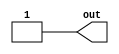
module coreir_const #(
    parameter width = 1,
    parameter value = 1
) (
    output [width-1:0] out
);
  assign out = value;
endmodule

module coreir_add #(
    parameter width = 1
) (
    input [width-1:0] in0,
    input [width-1:0] in1,
    output [width-1:0] out
);
  assign out = in0 + in1;
endmodule

module lutN #(
    parameter N = 1,
    parameter init = 1
) (
    input [N-1:0] in,
    output out
);
  assign out = init[in];
endmodule

module LUT2_2 (
    input I0,
    input I1,
    output O
);
wire coreir_lut2_inst0_out;
wire [1:0] coreir_lut2_inst0_in;
assign coreir_lut2_inst0_in = {I1,I0};
lutN #(
    .init(4'h2),
    .N(2)
) coreir_lut2_inst0 (
    .in(coreir_lut2_inst0_in),
    .out(coreir_lut2_inst0_out)
);
assign O = coreir_lut2_inst0_out;
endmodule

module Arbiter2 (
    input [1:0] I,
    output [1:0] O
);
wire LUT2_2_inst0_O;
wire LUT2_2_inst1_O;
wire [1:0] const_3_2_out;
wire [1:0] coreir_add2_inst0_out;
LUT2_2 LUT2_2_inst0 (
    .I0(I[0]),
    .I1(coreir_add2_inst0_out[0]),
    .O(LUT2_2_inst0_O)
);
LUT2_2 LUT2_2_inst1 (
    .I0(I[1]),
    .I1(coreir_add2_inst0_out[1]),
    .O(LUT2_2_inst1_O)
);
coreir_const #(
    .value(2'h3),
    .width(2)
) const_3_2 (
    .out(const_3_2_out)
);
coreir_add #(
    .width(2)
) coreir_add2_inst0 (
    .in0(I),
    .in1(const_3_2_out),
    .out(coreir_add2_inst0_out)
);
assign O = {LUT2_2_inst1_O,LUT2_2_inst0_O};
endmodule